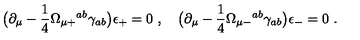
\bigl ( \partial _ { \mu } - { \frac { 1 } { 4 } } \Omega _ { \mu + } { } ^ { a b } \gamma _ { a b } \bigr ) \epsilon _ { + } = 0 \ , \quad \bigl ( \partial _ { \mu } - { \frac { 1 } { 4 } } \Omega _ { \mu - } { } ^ { a b } \gamma _ { a b } \bigr ) \epsilon _ { - } = 0 \ .